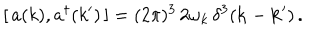
LaTeX: [ \, a ( k ) , a ^ { \dagger } ( k ^ { \prime } ) \, ] = ( 2 \pi ) ^ { 3 } \, 2 \omega _ { k } \, \delta ^ { 3 } ( { \bf k } - { \bf k } ^ { \prime } ) \, .